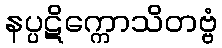
နပ္ပဋိက္ကောသိတဗ္ဗံ